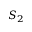
S _ { 2 }